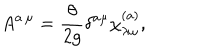
LaTeX: A ^ { a \, \mu } = \frac { \theta } { 2 g } \delta ^ { a \mu } \chi _ { \lambda \omega } ^ { ( a ) } ,